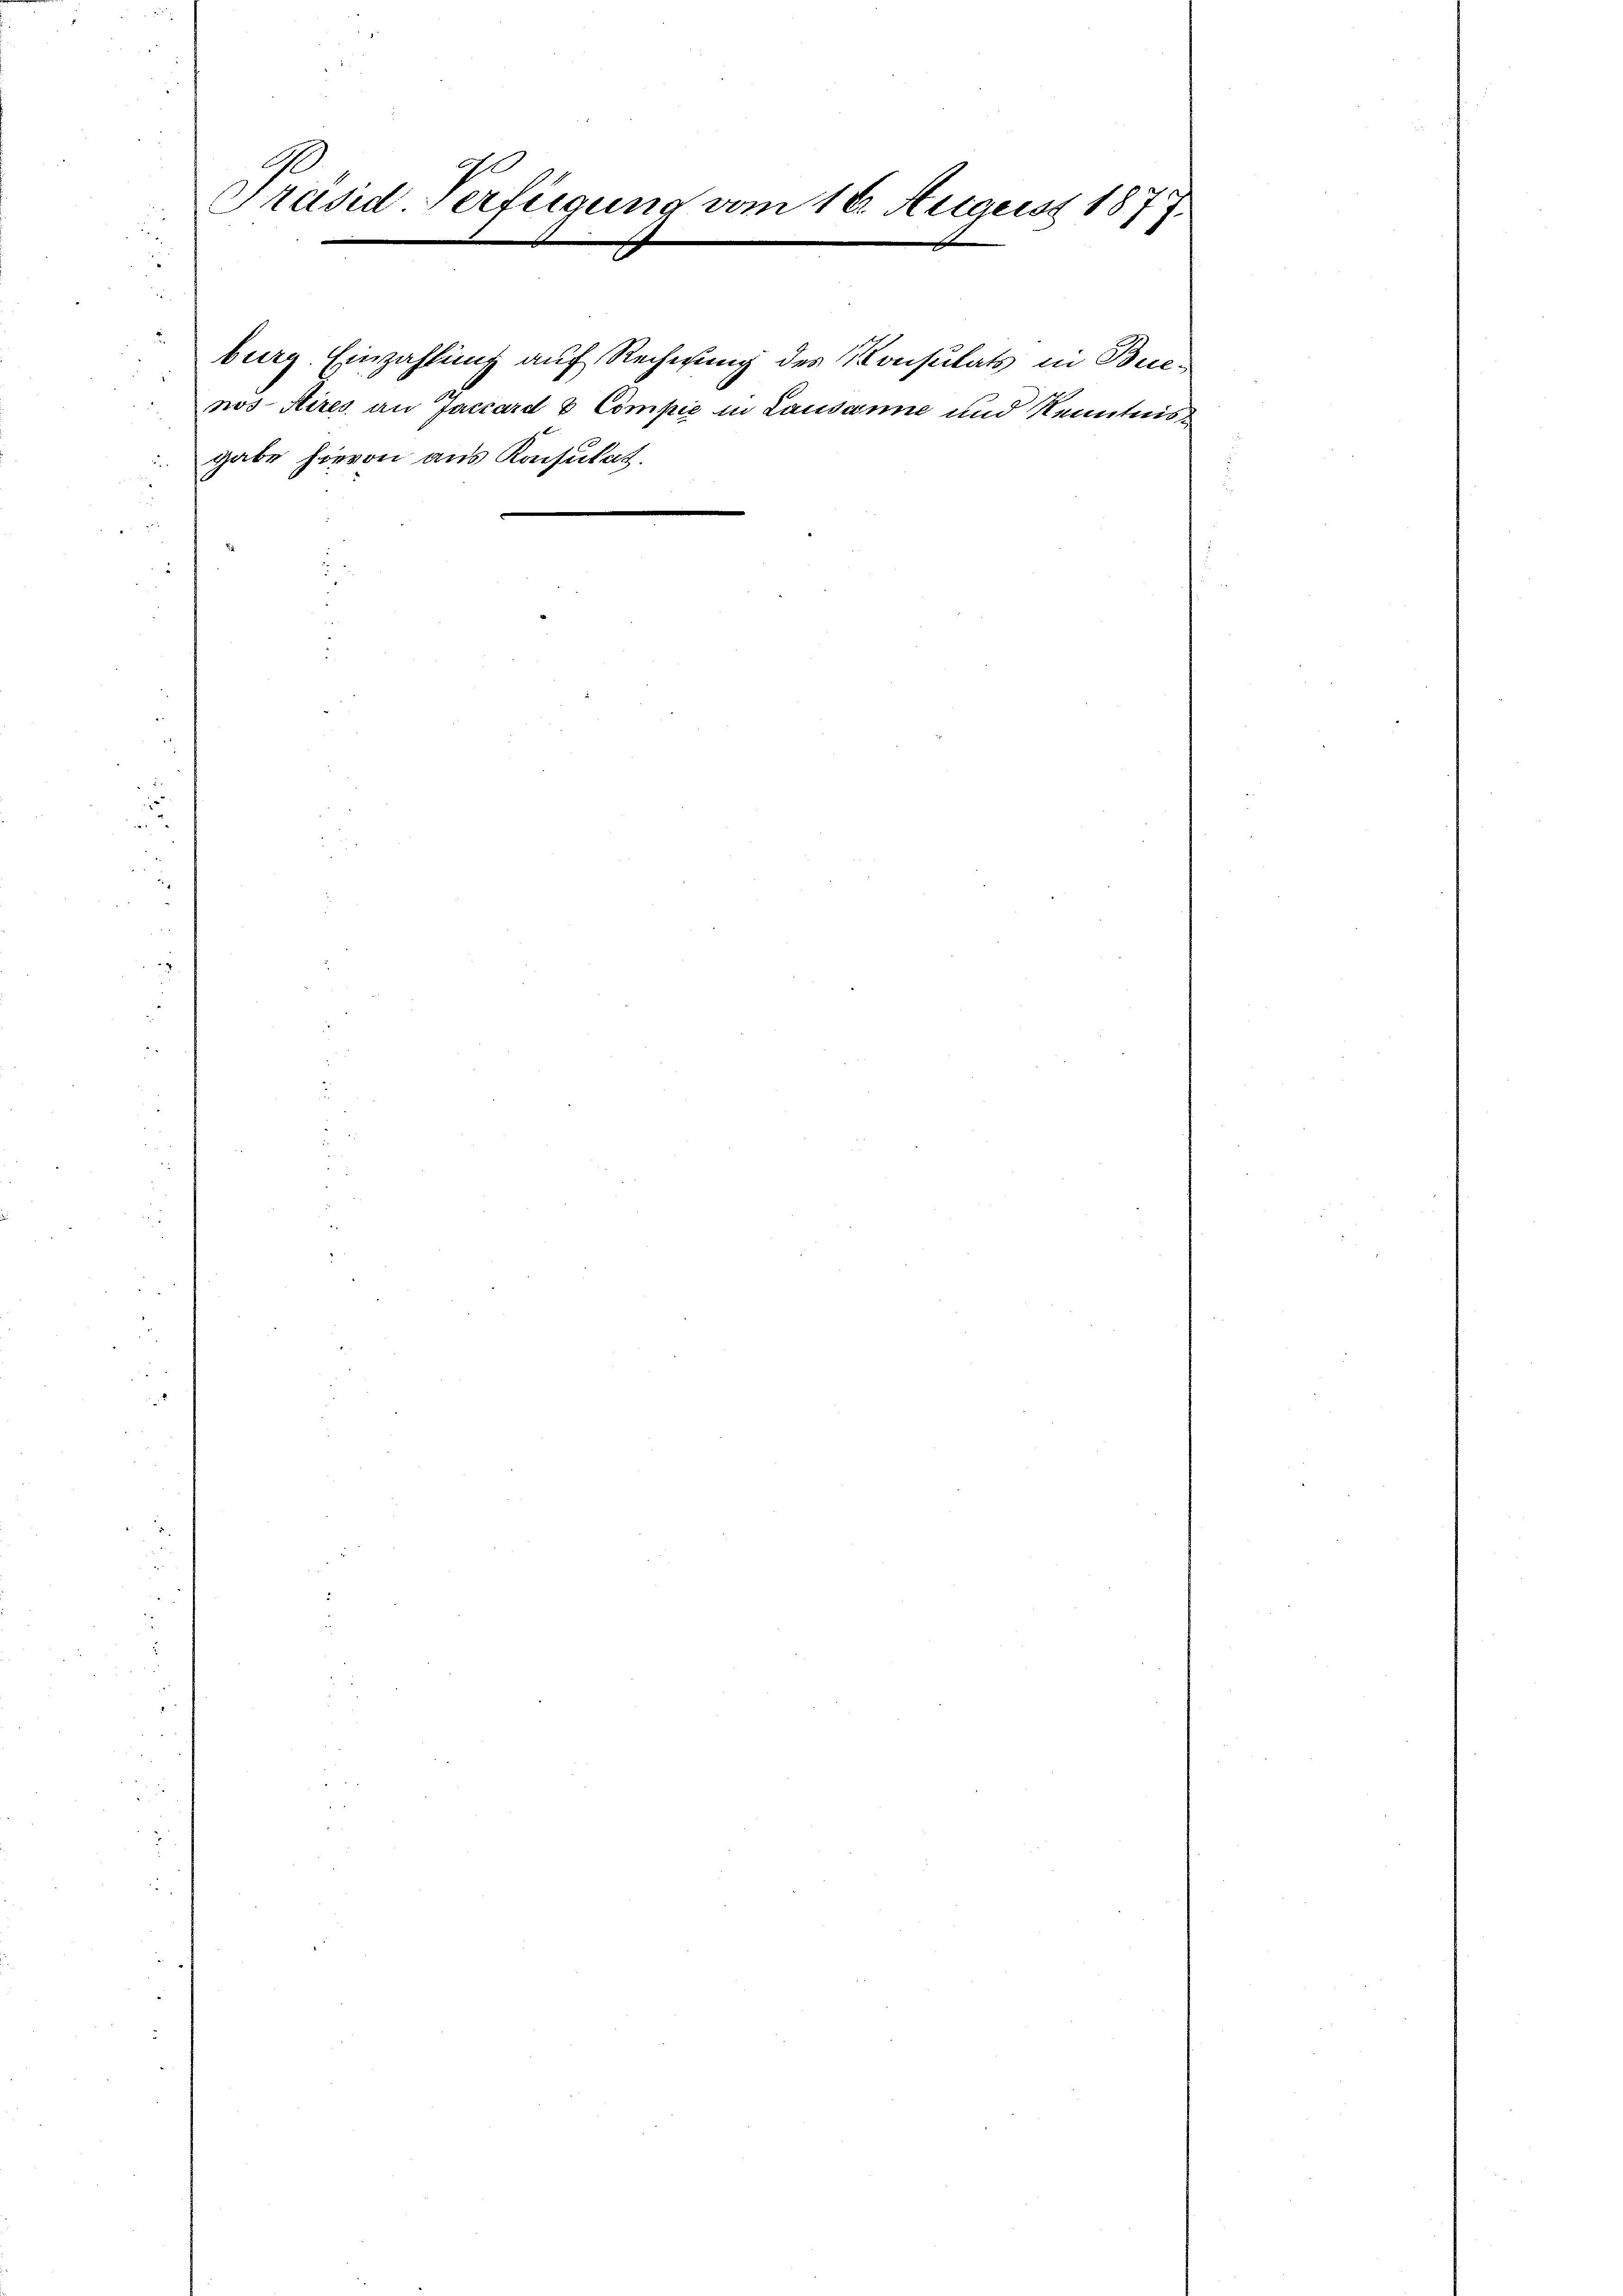
Präsid Verfügung vom 16. August 187
1

burg. Einzahlung auf Rechnung des Konsulats in Buenos Aires an Jaccard & Compie in Lausanne und Kenntnisgabe hievon aus Konsulat.
e
¬
e